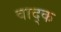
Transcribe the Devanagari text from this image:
वाद्क